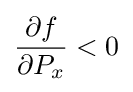
{\frac {\partial f}{\partial P_{x}}}<0